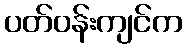
ပတ်ဝန်းကျင်က